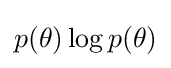
p(\theta )\log p(\theta )